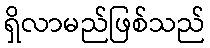
ရှိလာမည်ဖြစ်သည်